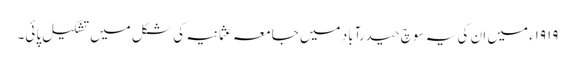
۱۹۱۹ء میں ان کی یہ سوچ حیدرآباد میں جامعہ عثمانیہ کی شکل میں تشکیل پائی۔